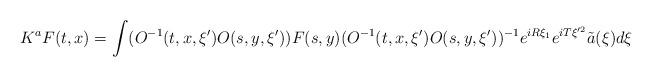
LaTeX: \begin{align*} K^aF(t,x) = \int (O^{-1}(t,x,\xi') O(s,y,\xi')) F(s,y) (O^{-1}(t,x,\xi') O(s,y,\xi'))^{-1} e^{i R \xi_1} e^{i T \xi'^2} \tilde a(\xi) d\xi \end{align*}